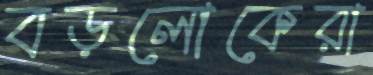
বড়লোকেরা